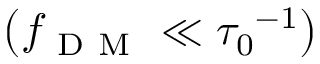
\left( f _ { \mathrm { ~ D ~ M ~ } } \ll { \tau _ { 0 } } ^ { - 1 } \right)